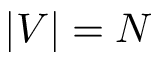
| V | = N